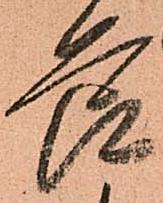
節